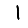
Digit: 1